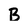
Character: B